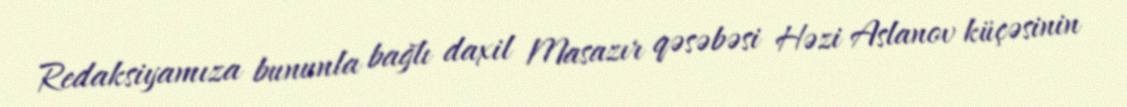
Redaksiyamıza bununla bağlı daxil Masazır qəsəbəsi Həzi Aslanov küçəsinin